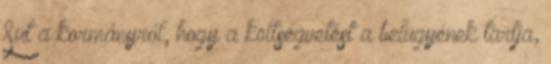
Süt a kormányról, hogy a költségvetést a belügyének tartja,